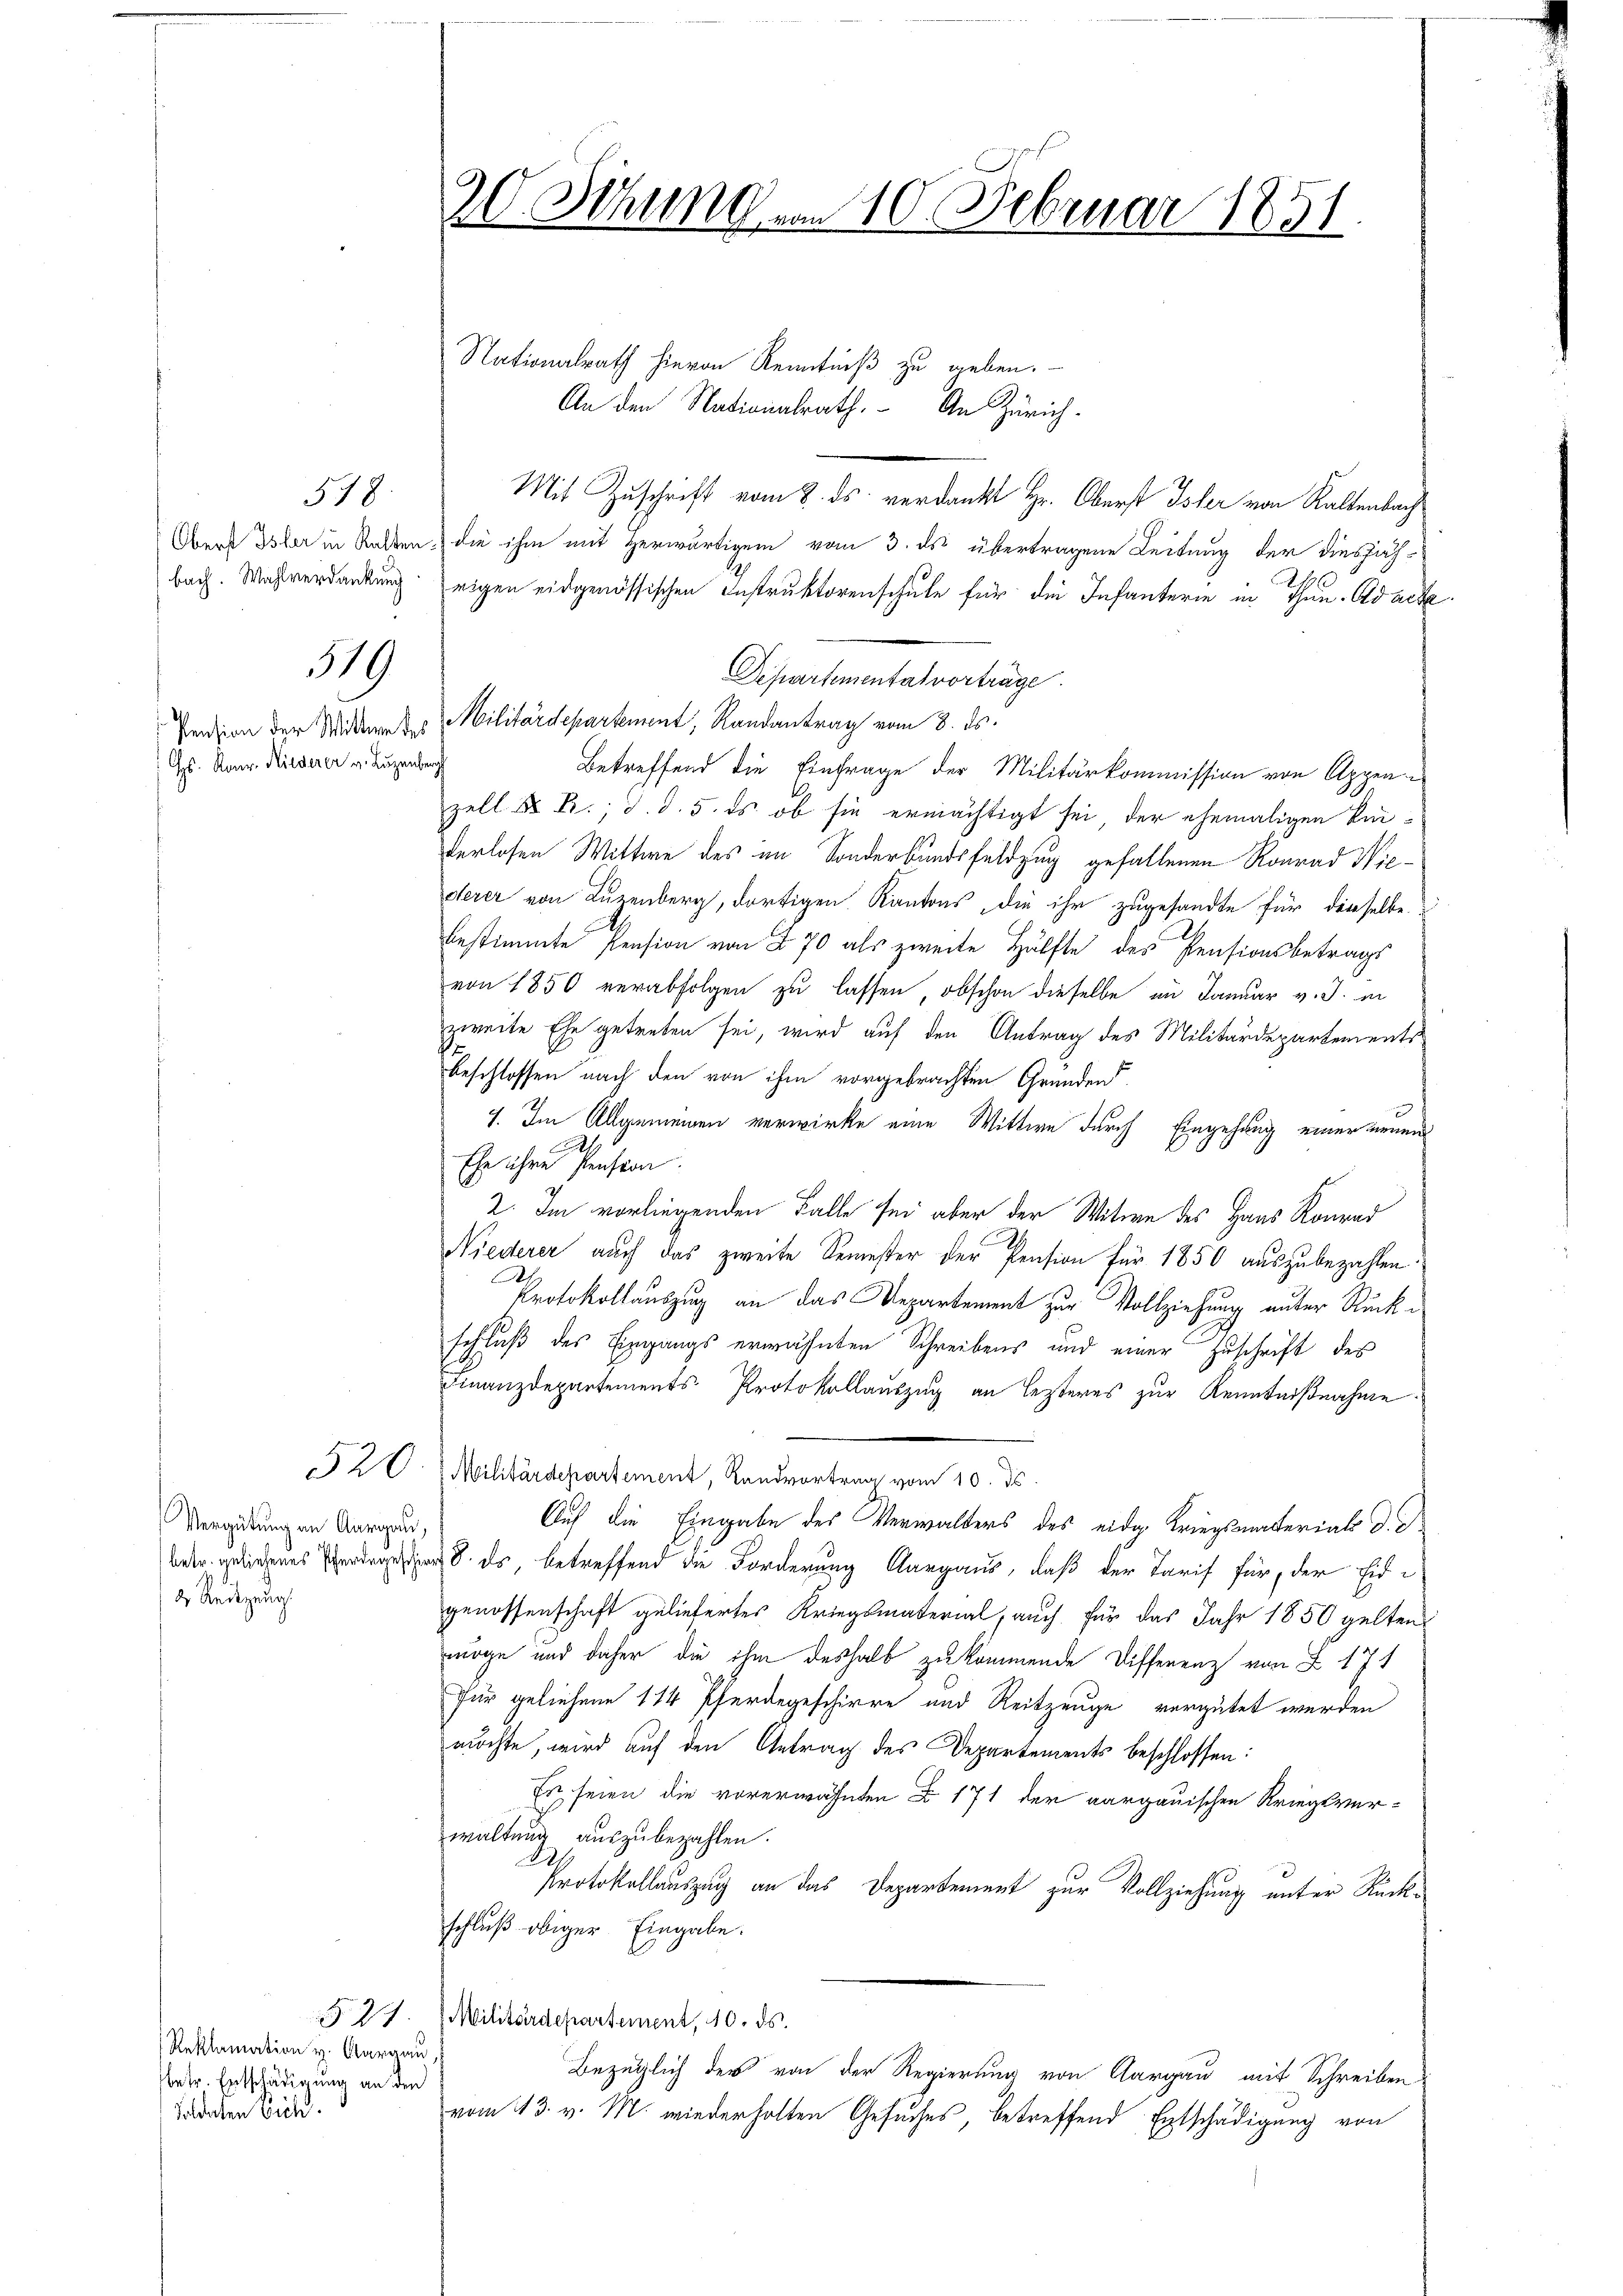
518
bach. Wahlverdankung

319

s. Konr. Niederer v. Luzenberg

520

Vergütung an Aargau,
2 Redezeug

§21.
Reklamation v. Aargau,
betr. Entschädigung an den
Soldaten Eich

20. Sitzung, in 10. Februar 1851

Nationalrath hievon Kenntniß zu geben.
An den Nationalrath. An Zürich
Mit Zuschrift vom 8. ds. verdankt Hr. Oberst Isler von Kaltenbach
Obers Isler in Statten, die ihm mit Herwärtigem vom 3. ds. übertragene Leitung der diesjäh¬
 x
rigen eidgenössischen Instruktorenschule für die Infanterie in Thun. Adack
Departemental vorträge.
Pension der Widern des Militärdepartement, Randantrag vom 8. ds.
Betreffend die Einfrage der Militärkommission von Appenzell A. R., d. d. 5. ds. ob sie ermächtigt sei, der ehemaligen Beiverlosen Wittwe des im Sonderbundsfeldzug gefallenen Konrad Niederer von Luzenberg, dortigen Kantons, die ihr zugesandte für dieselbe
bestimmte Pension von § 70 als zweite Hälfte des Pensionsbetrags
von 1850 verabfolgen zu lassen, obschon dieselbe im Januar v. J. in
zweite Ehe getreten sei, wird auf den Antrag des Militärdepartements
beschlossen nach den von ihm vorgebrachten Gründen
7. Im Allgemeinen verwirke eine Wittwe durch Eingehung einer neuen
Ehe ihre Pension.
2. Im vorliegenden Falle sei aber der Witwe des Haus Konrad
Niederer auch das zweite Semester der Pension für 1850 auszubezahlen.
2
Protokollauszug an das Departement zur Vollziehung unter Rückschluß des Eingangs erwähnten Schreibens und einer Zuschrift des
Finanzdepartements-Protokollauszug an lezteres zur Kenntnißnahme
 Militärdepartement, Landvortrag vom 10. ds.
Auf die Eingabe des Verwalters des eidg. Kriegsmaterial d. d.
weder geliehenes Verdegester es, betreffend die Forderung Aargaus, daß der Tarif für, der Eidgenossenschaft geliefertes Kriegsmaterial, auch für das Jahr 1850 gelten
möge und daher die ihm deshalb zu kommende Diffenenz von Z 171
für geliehene 114 Pferdegeschirre und Reitzeuge vergütet werden
möchte, wird auf den Antrag des Departements beschlossen:
Es seien die vorerwähnten § 171 der aargauischen Kriegsver-
waltung auszubezahlen.
125
Protokollauszug an das Departement zur Vollziehung unter Rückschluß obiger Eingabe.
Militärdepartement, 10. ds.
Bezüglich der von der Regierung von Aargau mit Schreiben
vom 13. v. M. wiederholten Gesuches, betreffend Entschädigung von